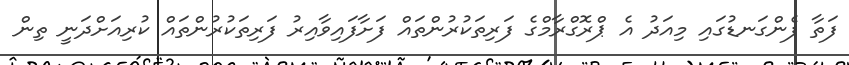
ފަތާ ފެންގަނޑުގައި މިއަދު އެ ޕްރޮގްރާމްގެ ފަރިތަކުރުންތައް ފަށާފައިވާއިރު ފަރިތަކުރުންތައް ކުރިއަށްދަނީ ތިން